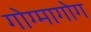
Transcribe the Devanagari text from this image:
गोग्मागोग